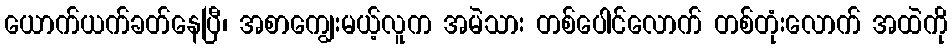
ယောက်ယက်ခတ်နေပြီ၊ အစာကျွေးမယ့်လူက အမဲသား တစ်ပေါင်လောက် တစ်တုံးလောက် အထဲကို